Report on sanitation, dispensaries, and jails in Rajputana for 1917, and on vaccination for the year 1917-1918 - 1917-1918
Year: 1917
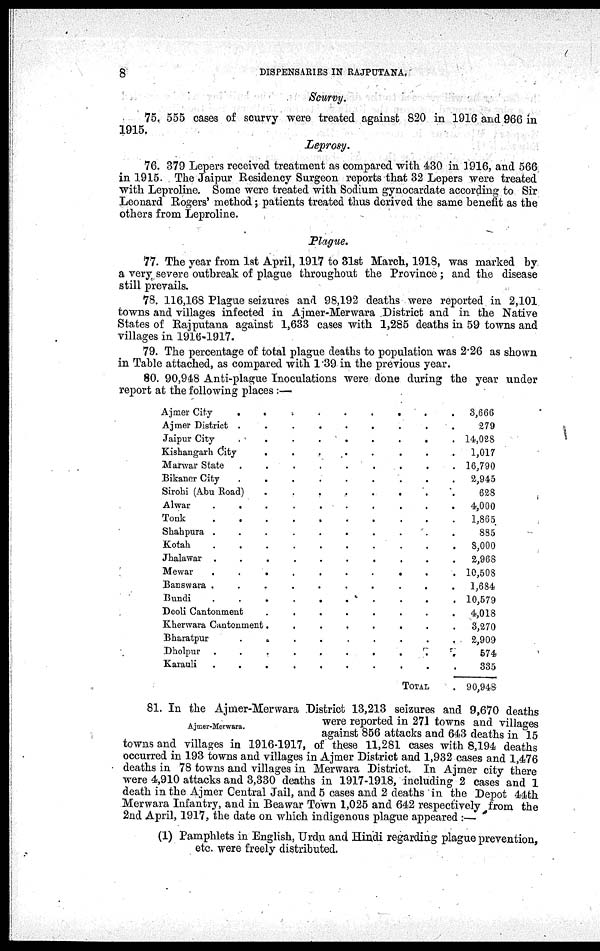
8
DISPENSARIES IN RAJPUTANA.
Scurvy.
75. 555 cases of scurvy were treated against 820 in 1916 and 966 in
1915.
Leprosy.
76. 379 Lepers received treatment as compared with 430 in 1916, and 566
in 1915. The Jaipur Residency Surgeon reports that 32 Lepers were treated
with Leproline. Some were treated with Sodium gynocardate according to Sir
Leonard Rogers' method; patients treated thus derived the same benefit as the
others from Leproline.
Plague.
77. The year from 1st April, 1917 to 31st March, 1918, was marked by
a very severe outbreak of plague throughout the Province ; and the disease
still prevails.
78. 116,168 Plague seizures and 98,192 deaths were reported in 2,101
towns and villages infected in Ajmer-Merwara District and in the Native
States of Rajputana against 1,633 cases with 1,285 deaths in 59 towns and
villages in 1916-1917.
79. The percentage of total plague deaths to population was 2.26 as shown
in Table attached, as compared with 1.39 in the previous year.
80. 90,948 Anti-plague Inoculations were done during the year under
report at the following places :—
Ajmer City
.
.
.
.
.
.
.
.
.
Ajmer District .
.
.
.
.
.
.
.
.
Jaipur City
.
.
.
.
.
.
.
.
.
Kishangarh City
.
.
.
.
.
.
.
.
Marwar State
.
.
.
.
.
.
.
.
.
Bikaner City
.
.
.
.
.
.
.
.
.
Sirohi (Abu Road)
.
.
.
.
.
.
Alwar
.
.
.
.
.
.
.
.
.
.
Tonk
.
.
.
.
.
.
.
.
.
.
Shahpura .
.
.
.
.
.
.
.
.
.
Kotah . .
.
.
.
.
.
.
.
.
.
Jhalawar .
.
.
.
.
.
.
.
.
.
Mewar
.
.
.
.
.
.
.
.
.
.
Banswara .
.
.
.
.
.
.
.
.
.
Bundi
.
.
.
.
.
.
.
.
.
.
Deoli Cantonment
.
.
.
.
.
.
.
.
Kherwara Cantonment.
.
.
.
.
.
.
.
Bharatpur
.
.
.
.
.
.
.
.
.
Dholpur .
.
.
.
.
.
.
.
.
.
Karauli
.
.
.
.
.
.
.
.
.
.
TOTAL .
3,666
279
14,028
1,017
16,790
2,945
628
4,000
1,865
885
8,000
2,968
10,508
1,684
10,579
4,018
3,270
2,909
574
335
90,948
Ajmer-Merwara.
81. In the Ajmer-Merwara District 13,213 seizures and 9,670 deaths
were reported in 271 towns and villages
against 856 attacks and 643 deaths in 15
towns and villages in 1916-1917, of these 11,281 cases with 8,194 deaths
occurred in 193 towns and villages in Ajmer District and 1,932 cases and 1,476
deaths in 78 towns and villages in Merwara District. In Ajmer city there
were 4,910 attacks and 3,330 deaths in 1917-1918, including 2 cases and 1
death in the Ajmer Central Jail, and 5 cases and 2 deaths in the Depot 44th
Merwara Infantry, and in Beawar Town 1,025 and 642 respectively from the
2nd April, 1917, the date on which indigenous plague appeared :—
(1) Pamphlets in English, Urdu and Hindi regarding plague prevention,
etc. were freely distributed.